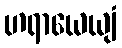
ဟရာယေယျံ